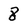
Character: 8